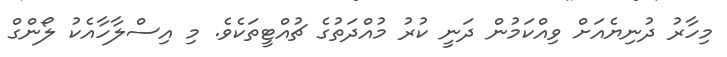
މިހާރު ދުނިޔެއަށް ވިއްކަމުން ދަނީ ކުރު މުއްދަތުގެ ޗުއްޓީތަކެވެ. މި އިސްލާހާއެކު ލޯންގް